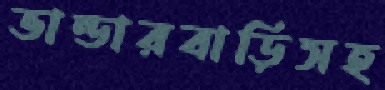
ভান্ডারবাড়িসহ